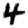
Digit: 4